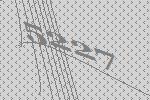
5227